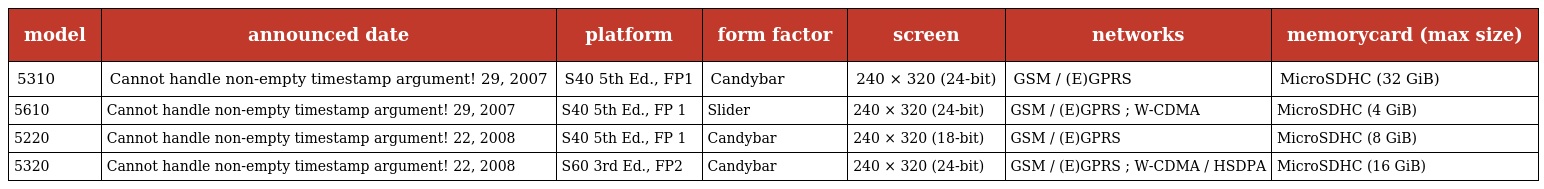
| model | announced date | platform | form factor | screen | networks | memorycard (max size) |
 | --- | --- | --- | --- | --- | --- | --- |
 | 5310 | Cannot handle non-empty timestamp argument! 29, 2007 | S40 5th Ed., FP1 | Candybar | 240 × 320 (24-bit) | GSM / (E)GPRS | MicroSDHC (32 GiB) |
 | 5610 | Cannot handle non-empty timestamp argument! 29, 2007 | S40 5th Ed., FP 1 | Slider | 240 × 320 (24-bit) | GSM / (E)GPRS ; W-CDMA | MicroSDHC (4 GiB) |
 | 5220 | Cannot handle non-empty timestamp argument! 22, 2008 | S40 5th Ed., FP 1 | Candybar | 240 × 320 (18-bit) | GSM / (E)GPRS | MicroSDHC (8 GiB) |
 | 5320 | Cannot handle non-empty timestamp argument! 22, 2008 | S60 3rd Ed., FP2 | Candybar | 240 × 320 (24-bit) | GSM / (E)GPRS ; W-CDMA / HSDPA | MicroSDHC (16 GiB) |